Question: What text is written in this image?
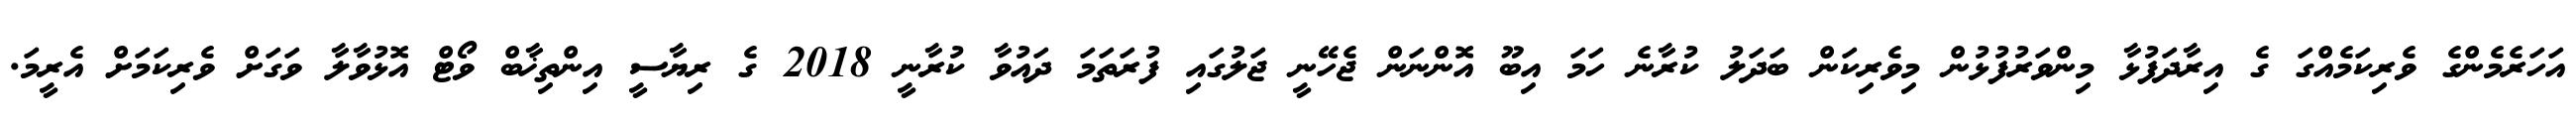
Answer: އަހަރެމެންގެ ވެރިކަމެއްގަ ގެ އިރާދަފުޅާ މިންވަރުފުޅުން މިވެރިކަން ބަދަލު ކުރާނެ ހަމަ އިބޫ އޮންނަން ޖެހޭނީ ޖަލުގައި ފުރަތަމަ ދައުވާ ކުރާނީ 2018 ގެ ރިޔާސީ އިންތިޚާބް ވޯޓް އޮޅުވާލާ ވަގަށް ވެރިކަމަށް އެރީމަ.